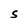
Character: S